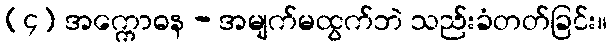
(၄) အက္ကောဓန - အမျက်မထွက်ဘဲ သည်းခံတတ်ခြင်း။